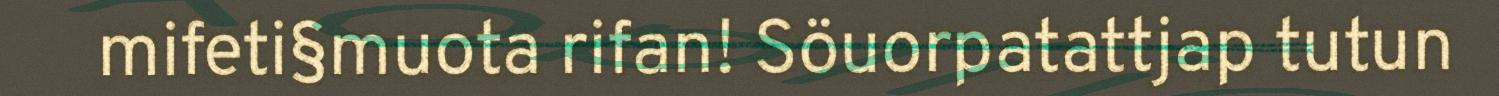
mifeti§muota rifan! Söuorpatattjap tutun